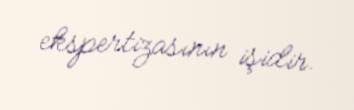
ekspertizasının işidir.